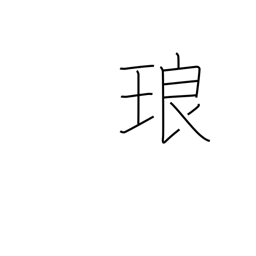
Meaning: a precious stone